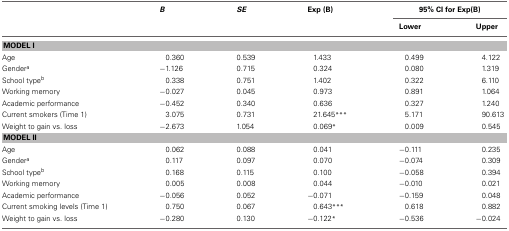
|  | B | SE | Exp (B) | <COLSPAN=2> 95% CI for Exp(B) |
 |  |  |  |  | Lower | Upper |
 | --- | --- | --- | --- | --- | --- |
 | <COLSPAN=6> MODEL I |
 | Age | 0.360 | 0.539 | 1.433 | 0.499 | 4.122 |
 | Gendera | −1.126 | 0.715 | 0.324 | 0.080 | 1.319 |
 | School typeb | 0.338 | 0.751 | 1.402 | 0.322 | 6.110 |
 | Working memory | −0.027 | 0.045 | 0.973 | 0.891 | 1.064 |
 | Academic performance | −0.452 | 0.340 | 0.636 | 0.327 | 1.240 |
 | Current smokers (Time 1) | 3.075 | 0.731 | 21.645*** | 5.171 | 90.613 |
 | Weight to gain vs. loss | −2.673 | 1.054 | 0.069* | 0.009 | 0.545 |
 | <COLSPAN=6> MODEL II |
 | Age | 0.062 | 0.088 | 0.041 | −0.111 | 0.235 |
 | Gendera | 0.117 | 0.097 | 0.070 | −0.074 | 0.309 |
 | School typeb | 0.168 | 0.115 | 0.100 | −0.058 | 0.394 |
 | Working memory | 0.005 | 0.008 | 0.044 | −0.010 | 0.021 |
 | Academic performance | −0.056 | 0.052 | −0.071 | −0.159 | 0.048 |
 | Current smoking levels (Time 1) | 0.750 | 0.067 | 0.643*** | 0.618 | 0.882 |
 | Weight to gain vs. loss | −0.280 | 0.130 | −0.122* | −0.536 | −0.024 |